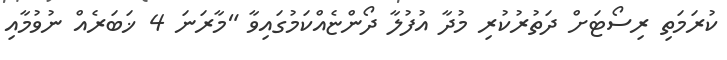
ކުރަމަތި ރިސޯޓަށް ދަތުރުކުރި މުދާ އުފުލާ ދޯންޏެއްކަމުގައިވާ "މާރަނަ 4 ޚަބަރެއް ނުވުމާއި